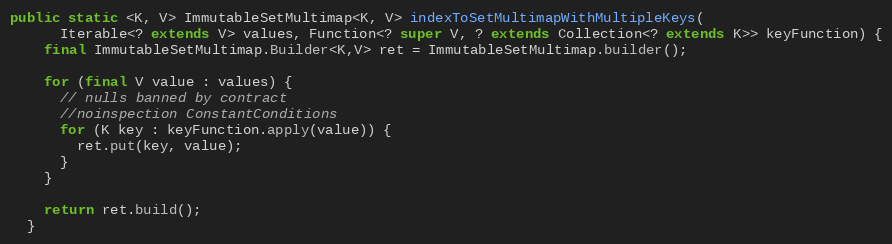
Language: Java
public static <K, V> ImmutableSetMultimap<K, V> indexToSetMultimapWithMultipleKeys(
      Iterable<? extends V> values, Function<? super V, ? extends Collection<? extends K>> keyFunction) {
    final ImmutableSetMultimap.Builder<K,V> ret = ImmutableSetMultimap.builder();

    for (final V value : values) {
      // nulls banned by contract
      //noinspection ConstantConditions
      for (K key : keyFunction.apply(value)) {
        ret.put(key, value);
      }
    }

    return ret.build();
  }